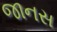
જાનસ